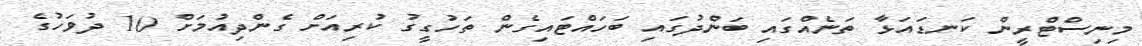
މިނިސްޓްރީން ކަނޑައަޅާ ތަނެއްގައި ބަންދުގައި ބަހައްޓައިގެން ތަހުގީގު ކުރިއަށް ގެންދިއުމަށް 10 ދުވަހުގެ